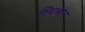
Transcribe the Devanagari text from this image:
स्चिओन